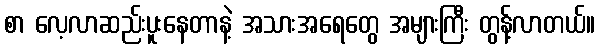
စာ လေ့လာဆည်းပူးနေတာနဲ့ အသားအရေတွေ အများကြီး တွန့်လာတယ်။